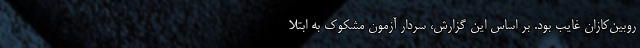
روبین‌کازان غایب بود. بر اساس این گزارش، سردار آزمون مشکوک به ابتلا